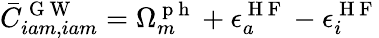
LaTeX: \bar{C}_{iam,iam}^{\mathrm{~G~W~}}=\Omega_{m}^{\mathrm{~p~h~}}+\epsilon_{a}^{\mathrm{~H~F~}}-\epsilon_{i}^{\mathrm{~H~F~}}